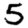
Digit: 5